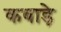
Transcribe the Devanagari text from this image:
कबाड़े